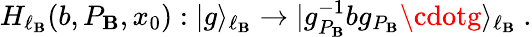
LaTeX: H_{\ell_{\mathbf{B}}}(b,P_{\mathbf{B}},x_{0}):|g\rangle_{\ell_{\mathbf{B}}}\to|g_{P_{\mathbf{B}}}^{-1}bg_{P_{\mathbf{B}}}\cdotg\rangle_{\ell_{\mathbf{B}}}~.